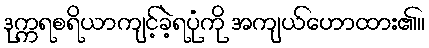
ဒုက္ကရစရိယာကျင့်ခဲ့ရပုံကို အကျယ်ဟောထား၏။